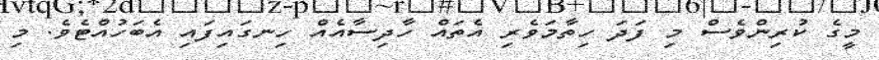
މީގެ ކުރިންވެސް މި ފަދަ ހިތާމަވެރި އެތައް ހާދިސާއެއް ހިނގައިފައި އެބަހުއްޓެވެ. މި